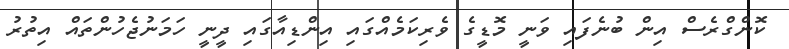
ކޮންގްރެސް އިން ބުނެފައިި ވަނީ މޮޑީގެ ވެރިކަމެއްގައި އިންޑިއާގައި ދީީނީ ހަމަނުޖެހުންތައް އިތުރު